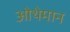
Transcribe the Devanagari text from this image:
ओथेमान